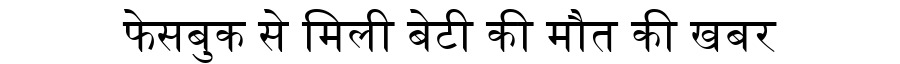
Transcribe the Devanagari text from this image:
फेसबुक से मिली बेटी की मौत की खबर